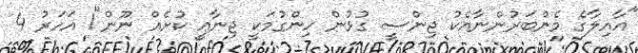
"އާއިލާގެ މެންބަރުންނާއެކު ޖިންސީ ގުޅުން ހިންގުމަކީ ޖިނާޢީ ކުށެއް ނޫން"1 އަހަރު 4